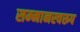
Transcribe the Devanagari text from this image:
सम्‍मानस्‍वरूप